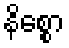
နိစ္စော